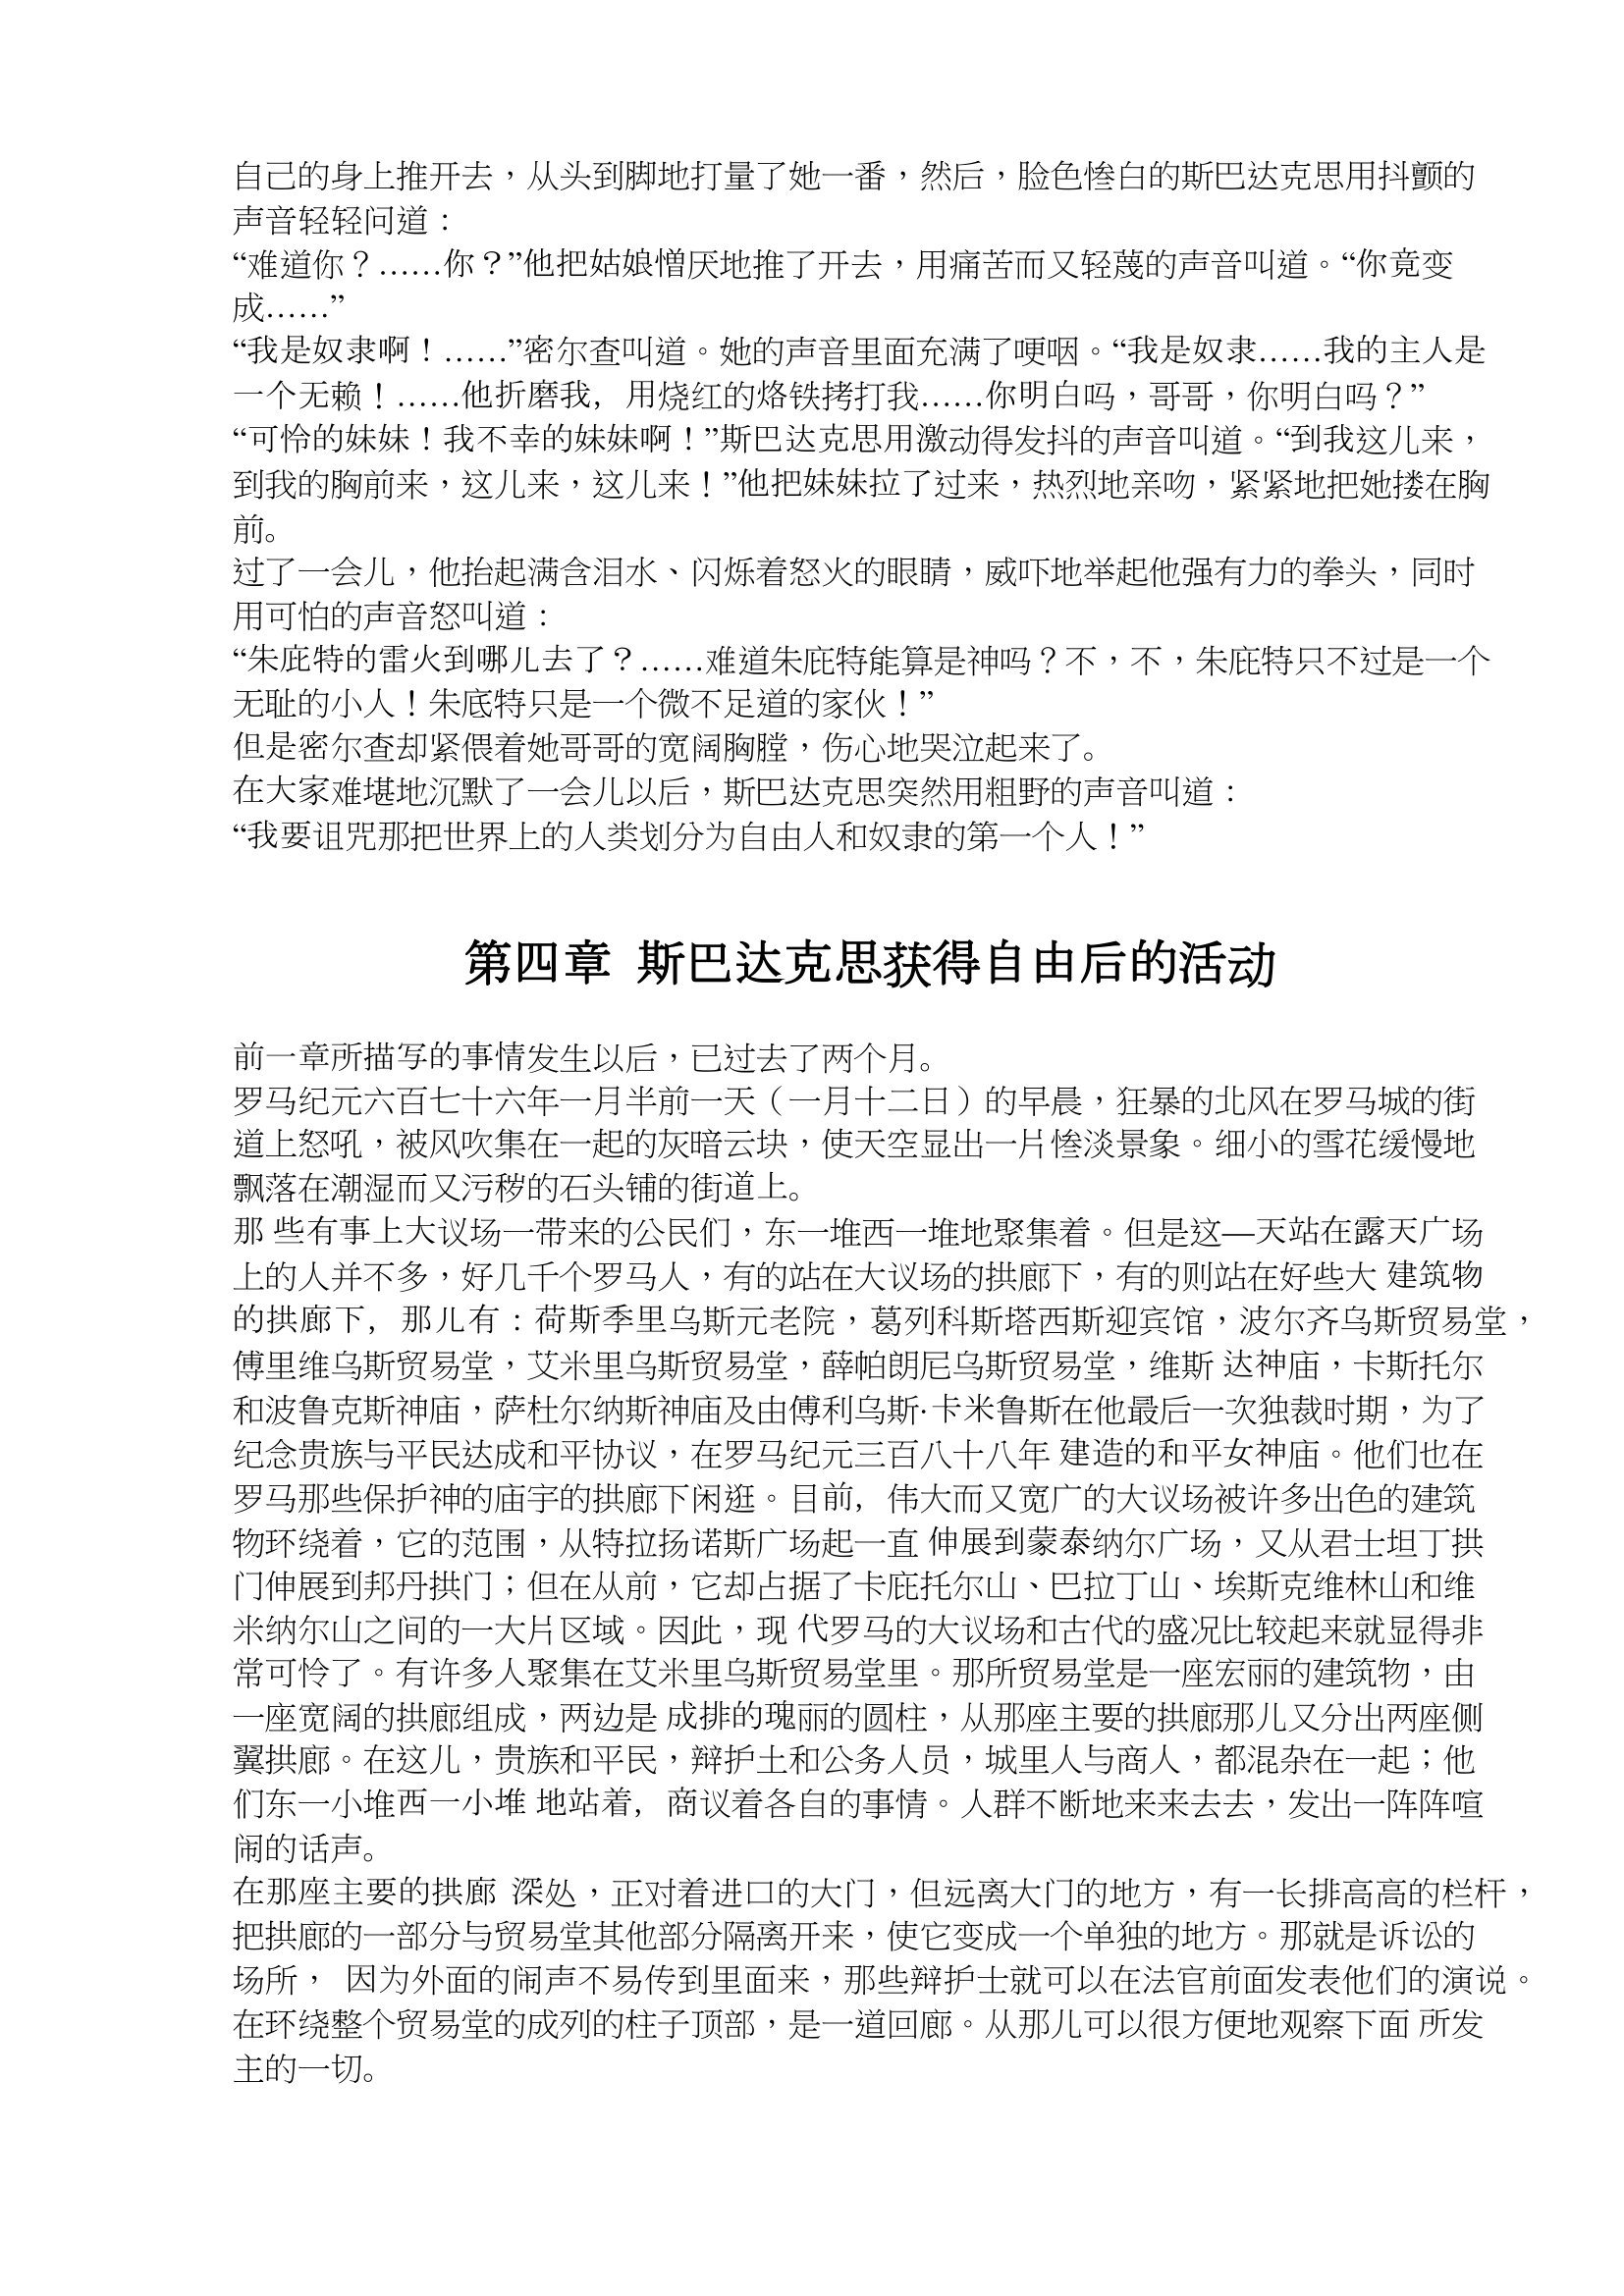
Language: zh